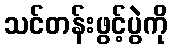
သင်တန်းဖွင့်ပွဲကို